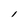
Character: l